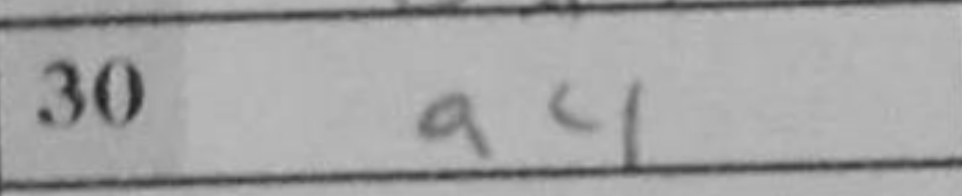
Transcription: a4